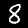
Label: 8